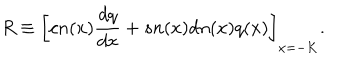
R \equiv \bigg [ c n ( x ) \frac { d q } { d x } + s n ( x ) d n ( x ) q ( x ) \bigg ] _ { x = - K } .